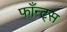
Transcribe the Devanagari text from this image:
फाँन्‍ट्‌स